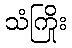
သံကြိုး